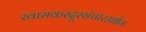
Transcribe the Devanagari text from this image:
खासकरदूरसंचारउद्योग